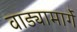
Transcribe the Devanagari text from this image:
वाड्यामार्गे